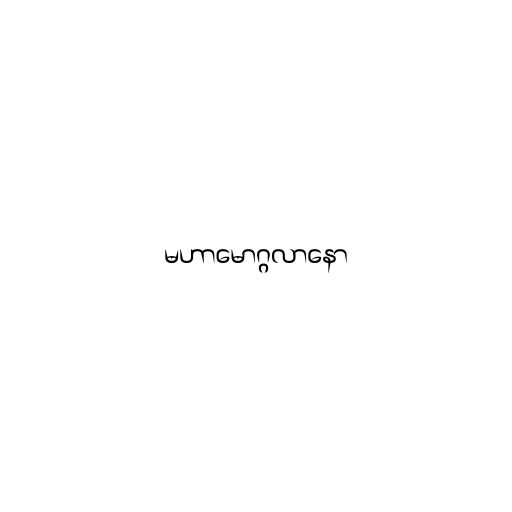
မဟာမောဂ္ဂလာနော